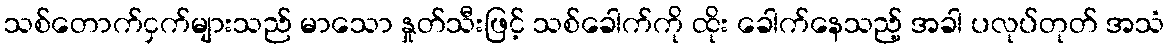
သစ်တောက်ငှက်များသည် မာသော နှုတ်သီးဖြင့် သစ်ခေါက်ကို ထိုး ခေါက်နေသည့် အခါ ပလုပ်တုတ် အသံ